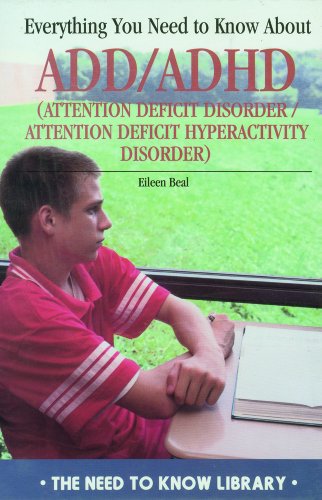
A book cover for Everything You Need to Know about ADD/ADHD (Need to Know Library); Eileen J. Beal; Parenting & Relationships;